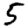
Digit: 5